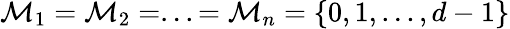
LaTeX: \mathcal{M}_{1}=\mathcal{M}_{2}=...=\mathcal{M}_{n}=\{ 0,1,...,d-1\}